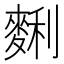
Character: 𪌱